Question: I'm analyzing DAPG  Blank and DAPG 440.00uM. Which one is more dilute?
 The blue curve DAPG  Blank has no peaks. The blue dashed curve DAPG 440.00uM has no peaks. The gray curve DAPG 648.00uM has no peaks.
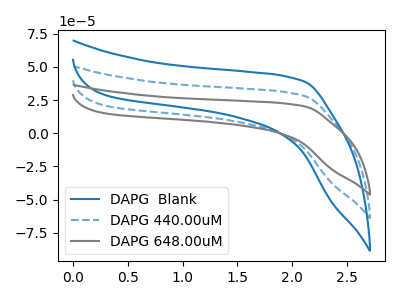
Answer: <think>Neither "DAPG  Blank" or "DAPG 440.00uM" have any peaks.
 </think>
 <answer>I cant tell if "DAPG  Blank" or "DAPG 440.00uM" has higher concentration.</answer>
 <eval>mixed_concentration</eval>